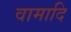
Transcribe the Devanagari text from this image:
वामादि